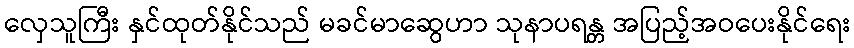
လှေသူကြီး နှင်ထုတ်နိုင်သည် မခင်မာဆွေဟာ သုနာပရန္တ အပြည့်အဝပေးနိုင်ရေး